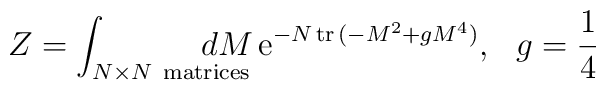
Z = \int_{N\times N\ {\rm matrices}}\!\!\!\!\!\!\!\!\!\!dM\, {\rm e}^{-N\,{\rm tr}\,(-M^2+g M^4)},\ \ g=\frac14